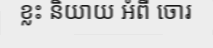
ខ្លះ និយាយ អំពី ចោរ